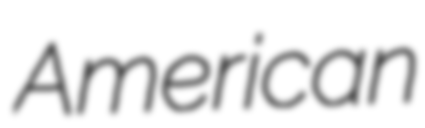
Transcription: American